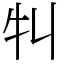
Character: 㸨